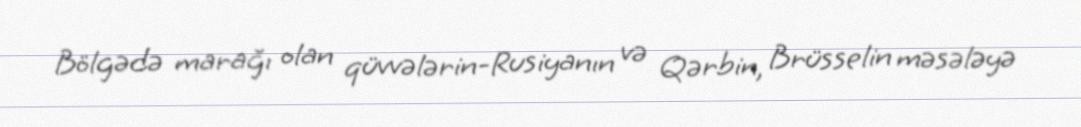
Bölgədə marağı olan qüvvələrin-Rusiyanın və Qərbin, Brüsselin məsələyə